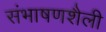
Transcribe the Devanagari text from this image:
संभाषणशैली